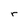
Character: r